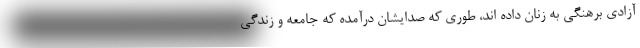
آزادی برهنگی به زنان داده اند، طوری که صدایشان درآمده که جامعه و زندگی